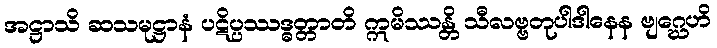
အဋ္ဌာသိ ဆသမုဋ္ဌာနံ ပဋိပ္ပဿဒ္ဓတ္တာတိ ဣမိဿန္တိ သီလဗ္ဗတုပါဒါနေန ဗျဂ္ဃေဟိ